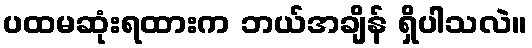
ပထမဆုံးရထားက ဘယ်အချိန် ရှိပါသလဲ။